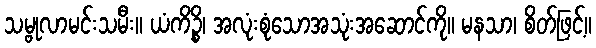
သမ္ဗုလာမင်းသမီး။ ယံကိဉ္စိ၊ အလုံးစုံသောအသုံးအဆောင်ကို။ မနသာ၊ စိတ်ဖြင့်။